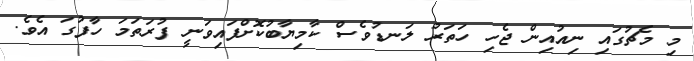
މި މެޗުގައި ނިއުއިން ޖެހި ހަތަރު ލަނޑުވެސް ކާމިޔާބުކޮށްފައިވަނީ ފުރަތަމަ ހާފުގަ އެވެ.